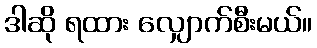
ဒါဆို ရထား လျှောက်စီးမယ်။